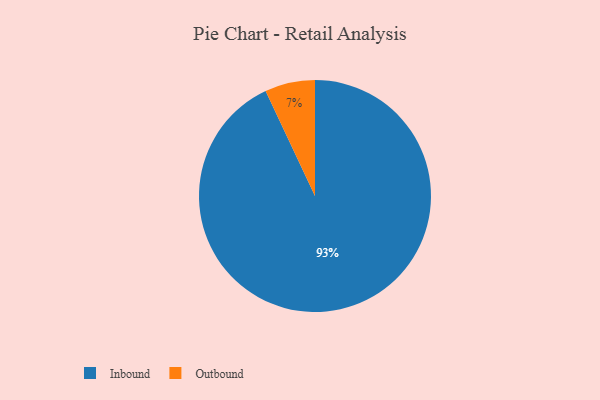
{"axis": {"x": "Category", "y": "Percentage"}, "legend": ["Inbound", "Outbound"], "data": [{"x": "Outbound", "y": 7, "type": "Outbound"}, {"x": "Inbound", "y": 93, "type": "Inbound"}]}